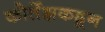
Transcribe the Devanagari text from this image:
कोर्तेझकडून